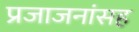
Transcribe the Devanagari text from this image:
प्रजाजनांसह